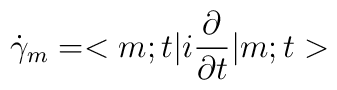
\dot{\gamma}_m = <m; t|i\frac{\partial}{\partial t}|m; t>